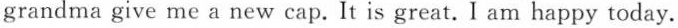
grandma give me a new cap. It is great. I am happy today.